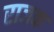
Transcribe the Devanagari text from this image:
राजक